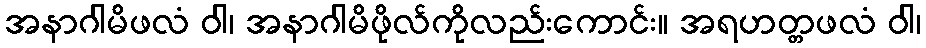
အနာဂါမိဖလံ ဝါ၊ အနာဂါမိဖိုလ်ကိုလည်းကောင်း။ အရဟတ္တဖလံ ဝါ၊